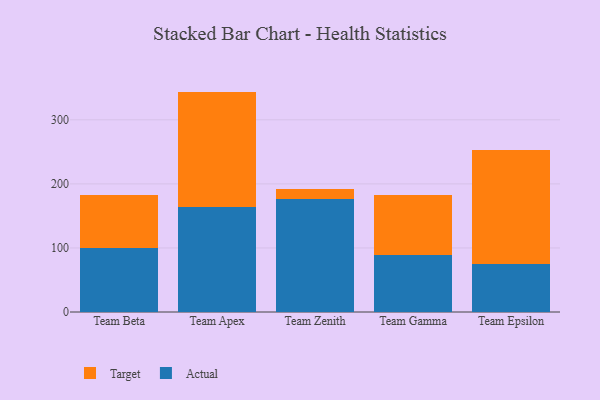
{"axis": {"x": "Team", "y": "Page Views"}, "legend": ["Actual", "Target"], "data": [{"x": "Team Beta", "y": 99.5, "type": "Actual"}, {"x": "Team Beta", "y": 82.4, "type": "Target"}, {"x": "Team Apex", "y": 164.5, "type": "Actual"}, {"x": "Team Apex", "y": 179.6, "type": "Target"}, {"x": "Team Zenith", "y": 176.6, "type": "Actual"}, {"x": "Team Zenith", "y": 15.1, "type": "Target"}, {"x": "Team Gamma", "y": 89.4, "type": "Actual"}, {"x": "Team Gamma", "y": 92.6, "type": "Target"}, {"x": "Team Epsilon", "y": 75.6, "type": "Actual"}, {"x": "Team Epsilon", "y": 177.9, "type": "Target"}]}